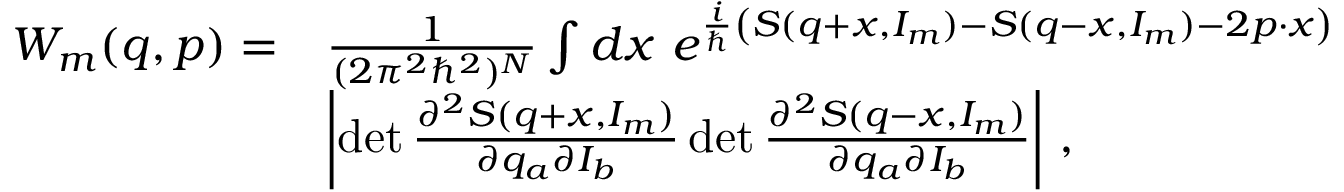
\begin{array} { r l } { W _ { m } ( q , p ) = } & { \frac { 1 } { ( 2 \pi ^ { 2 } \hbar ^ { 2 } ) ^ { N } } \int d x \ e ^ { \frac { i } { \hbar } \left( S ( q + x , I _ { m } ) - S ( q - x , I _ { m } ) - 2 p \cdot x \right) } } \\ & { \left| \operatorname* { d e t } \frac { \partial ^ { 2 } S ( q + x , I _ { m } ) } { \partial q _ { a } \partial I _ { b } } \operatorname* { d e t } \frac { \partial ^ { 2 } S ( q - x , I _ { m } ) } { \partial q _ { a } \partial I _ { b } } \right| \, , } \end{array}